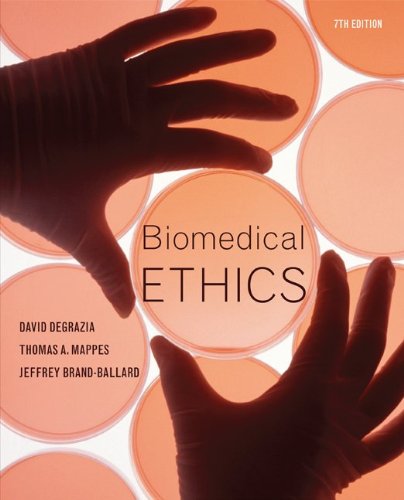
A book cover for Biomedical Ethics; David DeGrazia; Medical Books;